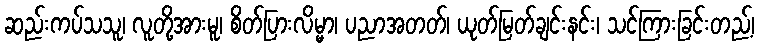
ဆည်းကပ်သသူ၊ လူတို့အားမူ၊ စိတ်ပြားလိမ္မာ၊ ပညာအတတ်၊ ယုတ်မြတ်ချင်းနင်း၊ သင်ကြားခြင်းတည့်၊